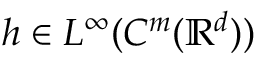
h \in L ^ { \infty } ( C ^ { m } ( \ensuremath { \mathbb { R } } ^ { d } ) )